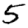
Digit: 5